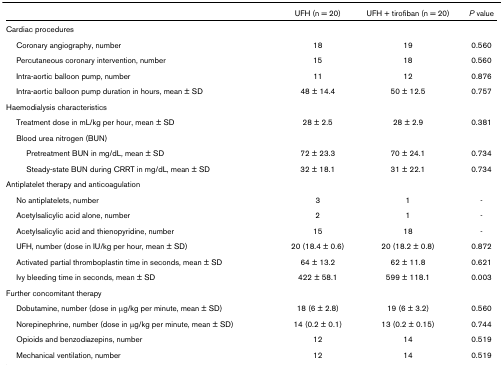
<table><thead><tr><td>[EMPTY_CELL]</td><td><b>UFH (n = 20)</b></td><td><b>UFH + tirofiban (n = 20)</b></td><td><b><i>P </i>value</b></td></tr></thead><tbody><tr><td>Cardiac procedures</td><td>[EMPTY_CELL]</td><td>[EMPTY_CELL]</td><td>[EMPTY_CELL]</td></tr><tr><td> Coronary angiography, number</td><td>18</td><td>19</td><td>0.560</td></tr><tr><td> Percutaneous coronary intervention, number</td><td>15</td><td>18</td><td>0.560</td></tr><tr><td> Intra-aortic balloon pump, number</td><td>11</td><td>12</td><td>0.876</td></tr><tr><td> Intra-aortic balloon pump duration in hours, mean ± SD</td><td>48 ± 14.4</td><td>50 ± 12.5</td><td>0.757</td></tr><tr><td>Haemodialysis characteristics</td><td>[EMPTY_CELL]</td><td>[EMPTY_CELL]</td><td>[EMPTY_CELL]</td></tr><tr><td> Treatment dose in mL/kg per hour, mean ± SD</td><td>28 ± 2.5</td><td>28 ± 2.9</td><td>0.381</td></tr><tr><td> Blood urea nitrogen (BUN)</td><td>[EMPTY_CELL]</td><td>[EMPTY_CELL]</td><td>[EMPTY_CELL]</td></tr><tr><td>Pretreatment BUN in mg/dL, mean ± SD</td><td>72 ± 23.3</td><td>70 ± 24.1</td><td>0.734</td></tr><tr><td>Steady-state BUN during CRRT in mg/dL, mean ± SD</td><td>32 ± 18.1</td><td>31 ± 22.1</td><td>0.734</td></tr><tr><td>Antiplatelet therapy and anticoagulation</td><td>[EMPTY_CELL]</td><td>[EMPTY_CELL]</td><td>[EMPTY_CELL]</td></tr><tr><td> No antiplatelets, number</td><td>3</td><td>1</td><td>-</td></tr><tr><td> Acetylsalicylic acid alone, number</td><td>2</td><td>1</td><td>-</td></tr><tr><td> Acetylsalicylic acid and thienopyridine, number</td><td>15</td><td>18</td><td>-</td></tr><tr><td> UFH, number (dose in IU/kg per hour, mean ± SD)</td><td>20 (18.4 ± 0.6)</td><td>20 (18.2 ± 0.8)</td><td>0.872</td></tr><tr><td> Activated partial thromboplastin time in seconds, mean ± SD</td><td>64 ± 13.2</td><td>62 ± 11.8</td><td>0.621</td></tr><tr><td> Ivy bleeding time in seconds, mean ± SD</td><td>422 ± 58.1</td><td>599 ± 118.1</td><td>0.003</td></tr><tr><td>Further concomitant therapy</td><td>[EMPTY_CELL]</td><td>[EMPTY_CELL]</td><td>[EMPTY_CELL]</td></tr><tr><td> Dobutamine, number (dose in μg/kg per minute, mean ± SD)</td><td>18 (6 ± 2.8)</td><td>19 (6 ± 3.2)</td><td>0.560</td></tr><tr><td> Norepinephrine, number (dose in μg/kg per minute, mean ± SD)</td><td>14 (0.2 ± 0.1)</td><td>13 (0.2 ± 0.15)</td><td>0.744</td></tr><tr><td> Opioids and benzodiazepins, number</td><td>12</td><td>14</td><td>0.519</td></tr><tr><td> Mechanical ventilation, number</td><td>12</td><td>14</td><td>0.519</td></tr></tbody></table>